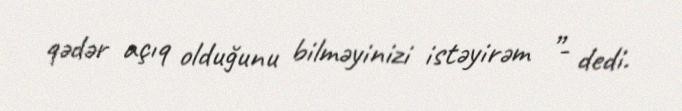
qədər açıq olduğunu bilməyinizi istəyirəm ”- dedi.